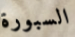
السبورة